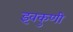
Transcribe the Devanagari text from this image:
इवकुणी